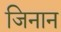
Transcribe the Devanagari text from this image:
जिनान